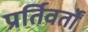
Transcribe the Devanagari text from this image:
प्रर्तिवर्तों